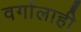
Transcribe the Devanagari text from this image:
वर्गालाही